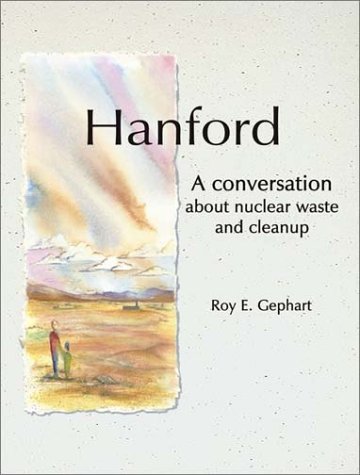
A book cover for Hanford: A Conversation about Nuclear Waste and Cleanup; R. E. Gephart; Science & Math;